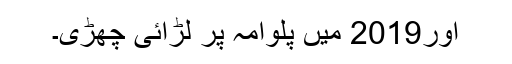
اور2019 میں پلوامہ پر لڑائی چھڑی۔